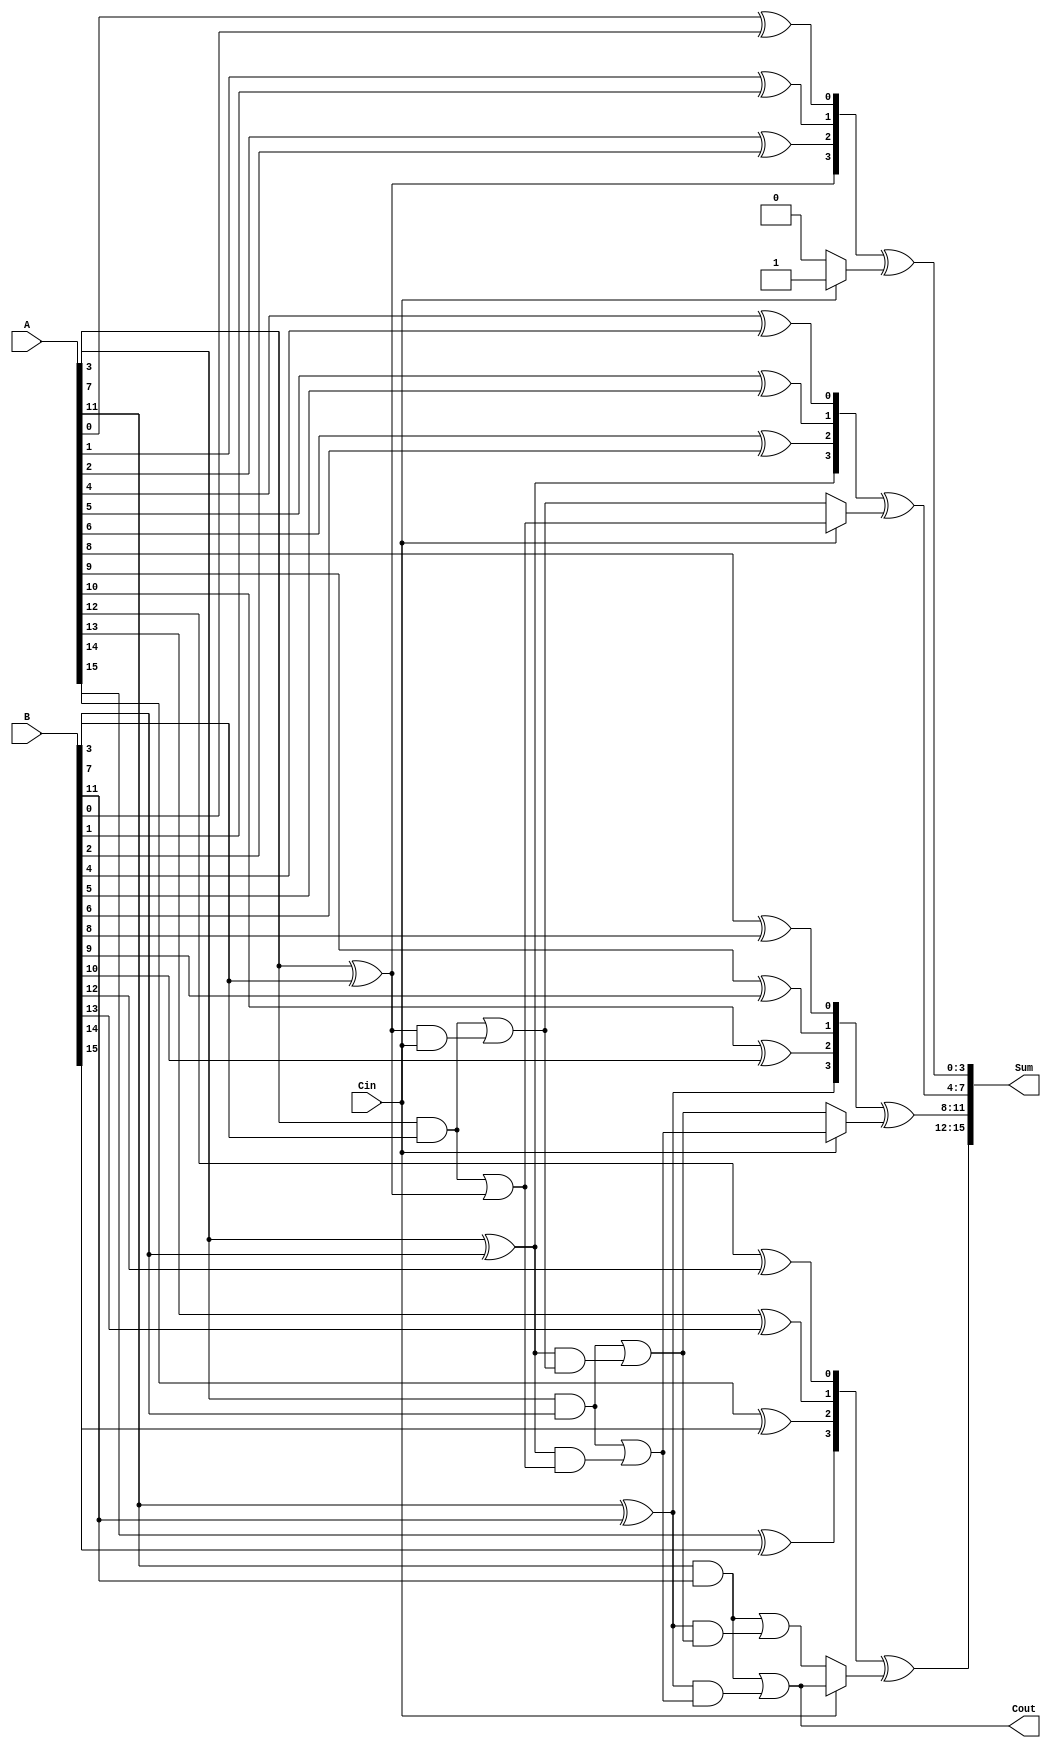
module ConditionalCarrySelectAdder #(parameter n = 16, parameter m = 4, parameter k = n/m) (
    input [n-1:0] A,
    input [n-1:0] B,
    input Cin,
    output [n-1:0] Sum,
    output Cout
);

    // Generate and Propagate signals
    wire [m-1:0] G [0:k-1];
    wire [m-1:0] P [0:k-1];
    wire [m:0] C0, C1; // Carry values for Cin = 0 and Cin = 1
    wire [m-1:0] S [0:k-1]; // Sum for each segment

    // Generate and Propagate Calculation
    genvar i, j;
    generate
        for (j = 0; j < m; j = j + 1) begin : segment
            for (i = 0; i < k; i = i + 1) begin : bit
                assign G[j][i] = A[j*k + i] & B[j*k + i]; // Generate
                assign P[j][i] = A[j*k + i] ^ B[j*k + i]; // Propagate
            end
        end
    endgenerate

    // Carry Calculation
    assign C0[0] = Cin; // Initial carry for C0
    assign C1[0] = 1'b1; // Initial carry for C1

    generate
        for (j = 0; j < m; j = j + 1) begin : carry_calc
            if (j > 0) begin
                assign C0[j] = G[j-1][k-1] | (P[j-1][k-1] & C0[j-1]); // Carry for Cin = 0
                assign C1[j] = G[j-1][k-1] | (P[j-1][k-1] & C1[j-1]); // Carry for Cin = 1
            end
        end
    endgenerate

    // Sum Calculation
    generate
        for (j = 0; j < m; j = j + 1) begin : sum_calc
            assign S[j] = P[j] ^ (Cin ? C1[j] : C0[j]); // Calculate sum based on selected carry
        end
    endgenerate

    // Final Sum and Carry Out
    assign Sum = {S[m-1], S[m-2], S[m-3], S[m-4]}; // Combine sums from each segment
    assign Cout = C1[m-1]; // Final carry out from the last segment

endmodule